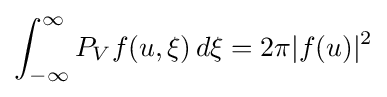
\int _{-\infty }^{\infty }P_{V}f(u,\xi )\,d\xi =2\pi |f(u)|^{2}